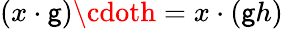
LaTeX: (x\cdot\mathsf{g})\cdoth=x\cdot(\mathsf{g}h)